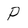
Character: P